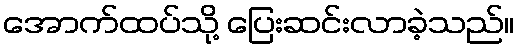
အောက်ထပ်သို့ ပြေးဆင်းလာခဲ့သည်။